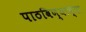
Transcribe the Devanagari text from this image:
पाठविण्याच्या